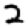
Digit: 2